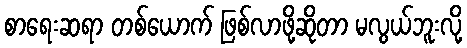
စာရေးဆရာ တစ်ယောက် ဖြစ်လာဖို့ဆိုတာ မလွယ်ဘူးလို့